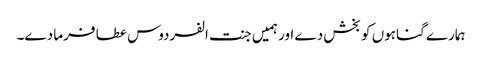
ہمارے گناہوں کو بخش دے اور ہمیں جنت الفردوس عطا فرما دے۔